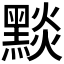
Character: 𪑓